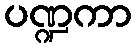
ပဏ္ဍကာ